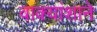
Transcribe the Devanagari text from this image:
वाक्यांशाने